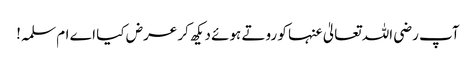
آپ رضی اللہ تعالیٰ عنہا کو روتے ہوئے دیکھ کر عرض کیا اے ام سلمہ!